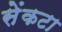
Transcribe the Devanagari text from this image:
सेंकटा